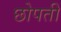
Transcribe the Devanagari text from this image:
छोपती